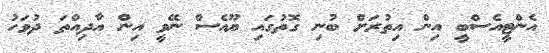
އެންޓީއެސްބީ އިން އިތުރަށް ބުނި ގޮތުގައި ޔޫއެސް ނޭވީ އިން އާދިއްތަ ދުވަހު